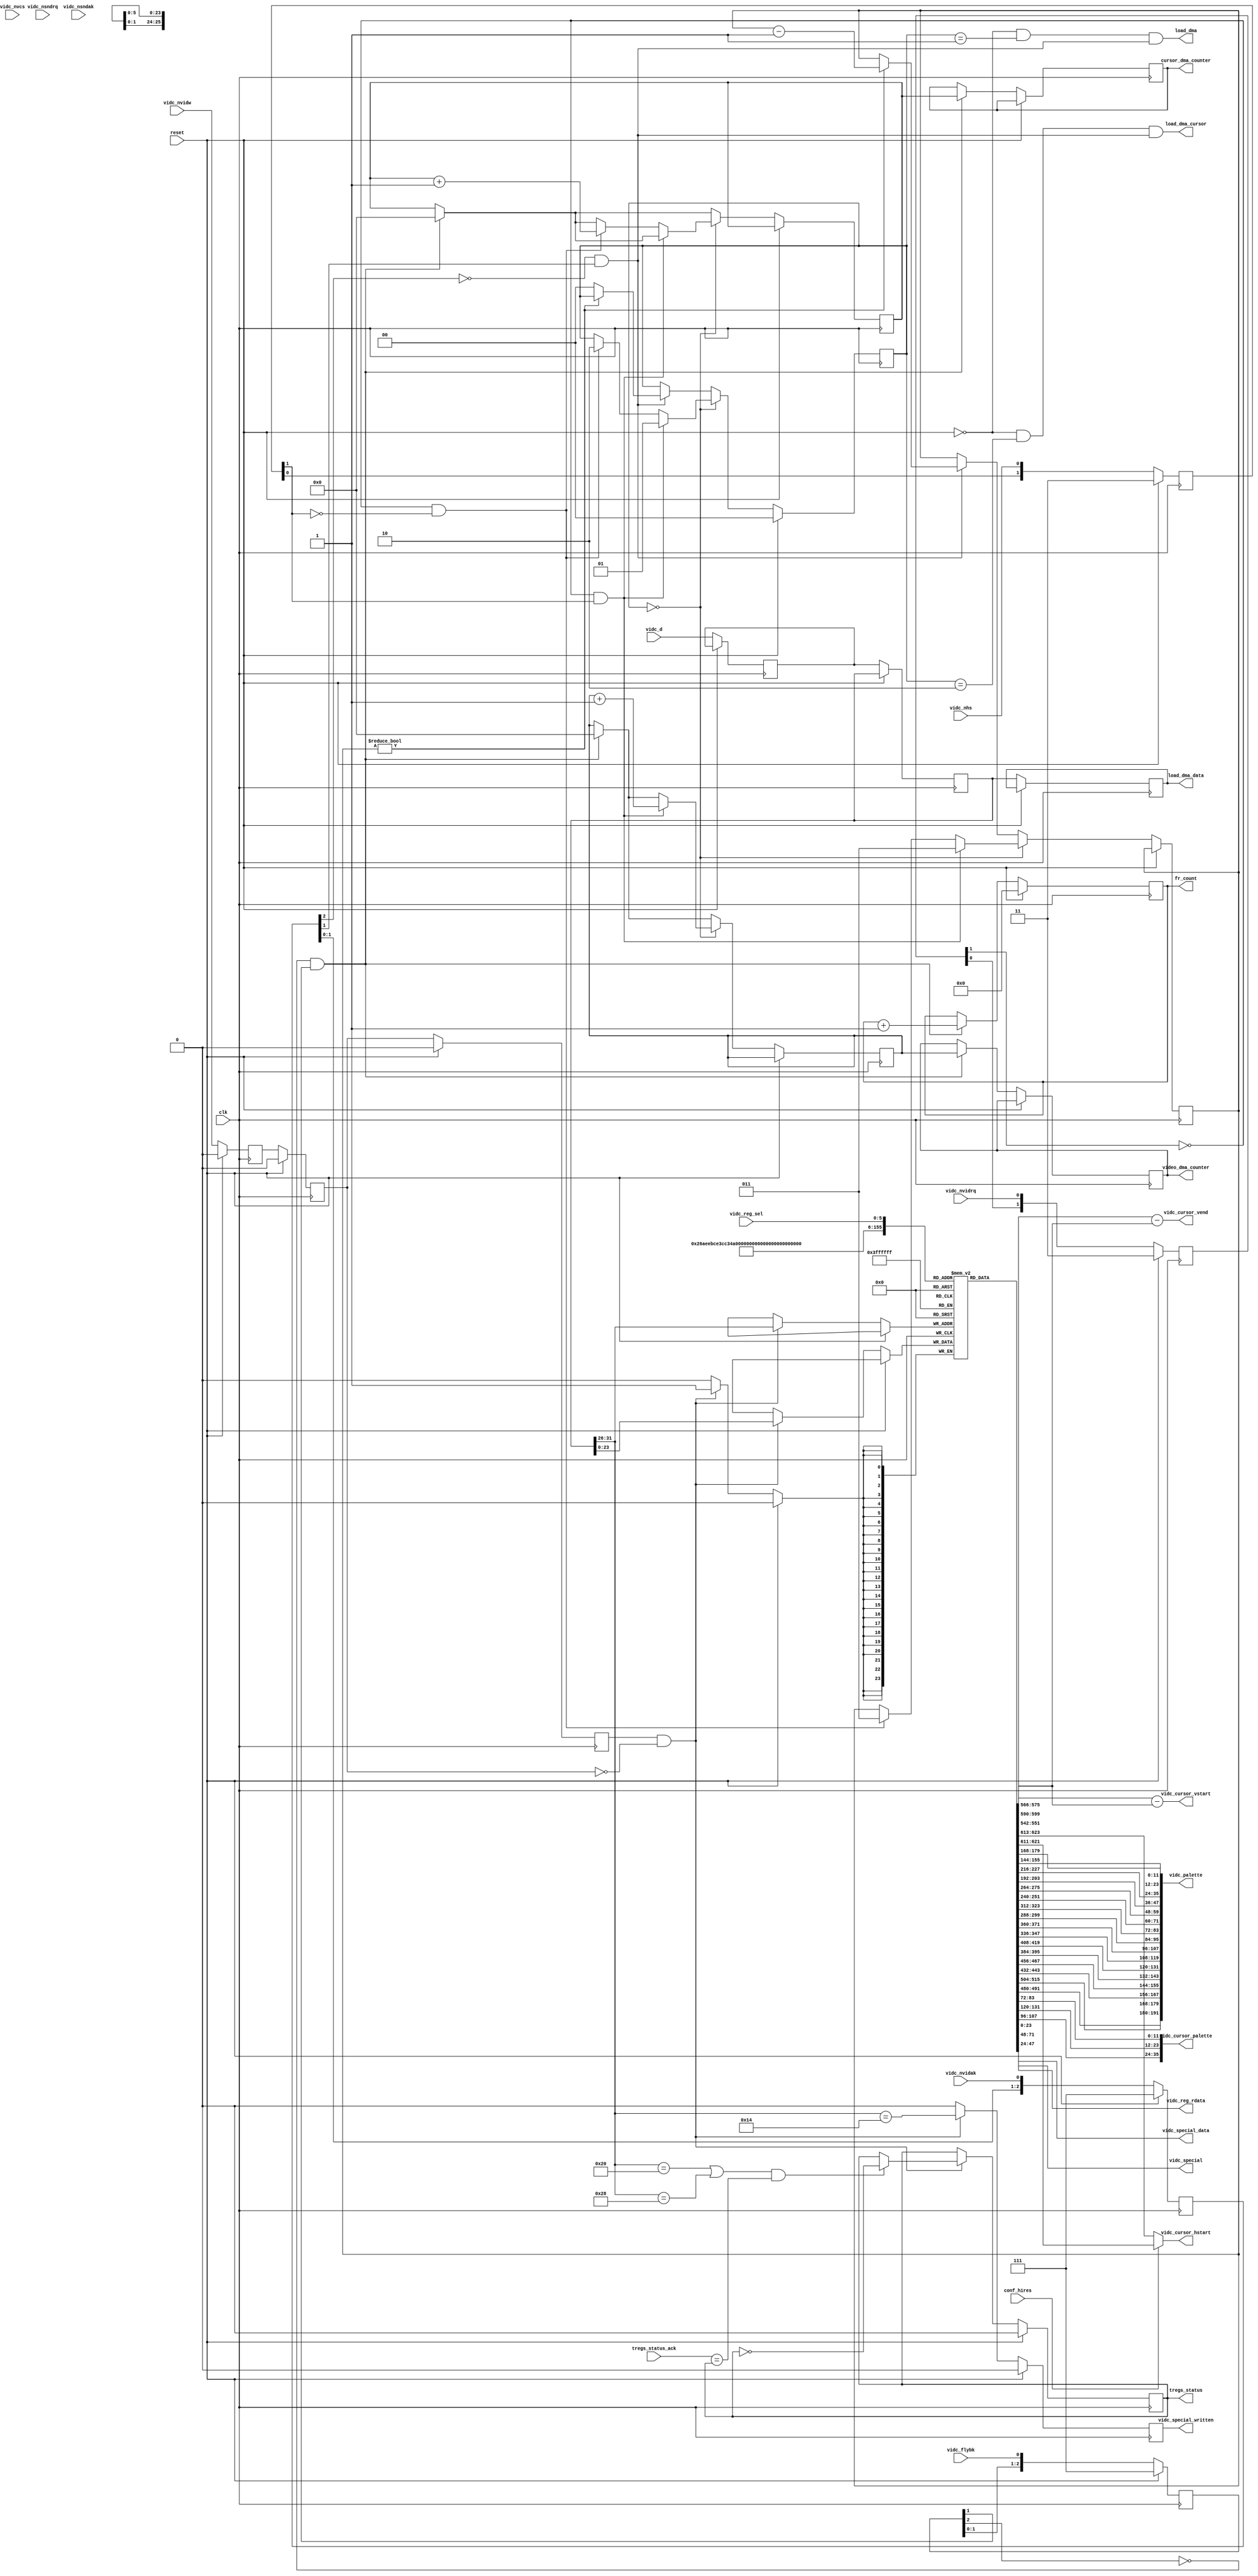
/* Capture VIDC registers, DMA and interesting configuration observations.
 *
 * Copyright 2021 Matt Evans
 *
 * Permission is hereby granted, free of charge, to any person
 * obtaining a copy of this software and associated documentation files
 * (the "Software"), to deal in the Software without restriction,
 * including without limitation the rights to use, copy, modify, merge,
 * publish, distribute, sublicense, and/or sell copies of the Software,
 * and to permit persons to whom the Software is furnished to do so,
 * subject to the following conditions:
 *
 * The above copyright notice and this permission notice shall be
 * included in all copies or substantial portions of the Software.
 *
 * THE SOFTWARE IS PROVIDED "AS IS", WITHOUT WARRANTY OF ANY KIND,
 * EXPRESS OR IMPLIED, INCLUDING BUT NOT LIMITED TO THE WARRANTIES OF
 * MERCHANTABILITY, FITNESS FOR A PARTICULAR PURPOSE AND
 * NONINFRINGEMENT. IN NO EVENT SHALL THE AUTHORS OR COPYRIGHT HOLDERS
 * BE LIABLE FOR ANY CLAIM, DAMAGES OR OTHER LIABILITY, WHETHER IN AN
 * ACTION OF CONTRACT, TORT OR OTHERWISE, ARISING FROM, OUT OF OR IN
 * CONNECTION WITH THE SOFTWARE OR THE USE OR OTHER DEALINGS IN THE
 * SOFTWARE.
 */

module vidc_capture(input wire 	       	      clk,
                    input wire                reset,

                    /* VIDC signals directly from pins: */
                    input wire [31:0]         vidc_d,
                    input wire                vidc_nvidw,
                    input wire                vidc_nvcs,
                    input wire                vidc_nhs,
                    input wire                vidc_nsndrq, // Unused
                    input wire                vidc_nvidrq,
                    input wire                vidc_flybk,
                    input wire                vidc_nsndak, // Unused
                    input wire                vidc_nvidak,

                    /* Input config */
                    input wire                conf_hires,

                    /* Output info: */
                    output wire [(12*16)-1:0] vidc_palette,
                    output wire [(12*3)-1:0]  vidc_cursor_palette,
                    output wire [10:0]        vidc_cursor_hstart,
                    output wire [9:0]         vidc_cursor_vstart,
                    output wire [9:0]         vidc_cursor_vend,

                    input wire [5:0]          vidc_reg_sel,
                    output wire [23:0]        vidc_reg_rdata,

                    output reg                tregs_status,
                    input wire                tregs_status_ack,

                    /* Debug counters: */
                    output reg [3:0]          fr_count,
                    output reg [15:0]         video_dma_counter,
                    output reg [15:0]         cursor_dma_counter,

                    /* Extension register interface: */
                    output reg                vidc_special_written,
                    output wire [23:0]        vidc_special,
                    output wire [23:0]        vidc_special_data,

                    /* DMA interface: */
                    output wire               load_dma,
                    output wire               load_dma_cursor,
                    output wire [31:0]        load_dma_data
                    );


   /* Principle of operation:
    *
    * The VIDC is clocked at 24MHz, but the register writes (strobed by /VIDW)
    * aren't necessarily synchronous to this.  We treat the strobe (and DMA
    * strobes from MEMC) as fully asynchronous, and synchronise them on input.
    *
    * A register write is then detected by the rising edge of /VIDW; the data
    * comes from a pipeline that gives the data sampled when /VIDW was still low.
    *
    * The DMA works the same, though the timing is tighter; the data comes from
    * a 1 stage deeper pipeline, i.e. "further back in time".
    */

   /* These registers mirror the VIDC registers (64 words of).
    *
    * Our special "port" register is at register offset 0x50/51
    * (i.e. reg 0x14/0x15).
    * VIDC decodes this, harmlessly, to the border reg & cursor col1 reg.
    */
   reg [23:0]           vidc_regs[63:0];

   assign vidc_reg_rdata 	= vidc_regs[vidc_reg_sel][23:0];


   ////////////////////////////////////////////////////////////////////////////////
   // Data bus capture, synchronisers and pipeline/history bit:
   reg                  vidc_nvidw_hist[2:0];
   reg [31:0]           vidc_d_hist[2:0];

   wire                 nvidw_edge          = (vidc_nvidw_hist[2] == 1) &&
                        (vidc_nvidw_hist[1] == 0);

   wire	[5:0]		vidc_reg_addr       = vidc_d_hist[1][31:26];

   /* Detect changes to display timing:
    * This isn't foolproof, testing only HCR/VCR, but is enough to detect a
    * standard OS-driven mode change.
    */
   wire                 tregs               = (vidc_reg_addr == 8'h80/4) ||
                        (vidc_reg_addr == 8'ha0/4);

   always @(posedge clk) begin
           if (reset) begin
                   tregs_status       	<= 1'b0;
                   vidc_nvidw_hist[0]   <= 1'b0;
                   vidc_nvidw_hist[1]   <= 1'b0;
                   vidc_nvidw_hist[2]   <= 1'b0;
                   vidc_special_written <= 0;

           end else begin
                   // Watch for nVIDW falling edge:
                   vidc_nvidw_hist[0] <= vidc_nvidw;
                   vidc_nvidw_hist[1] <= vidc_nvidw_hist[0];
                   vidc_nvidw_hist[2] <= vidc_nvidw_hist[1];

                   // Synchroniser/delay on D to align with sampled edge:
                   vidc_d_hist[0] <= vidc_d;
                   vidc_d_hist[1] <= vidc_d_hist[0];
                   vidc_d_hist[2] <= vidc_d_hist[1];

                   if (nvidw_edge) begin
                           /* vidc_d_hist[1] is data sampled at same point as the
                            * strobe which has been detected as being low.
                            */
                           vidc_regs[vidc_reg_addr] <= vidc_d_hist[1][23:0];
                           vidc_special_written     <= (vidc_reg_addr == 6'h14);

                           if (tregs && (tregs_status_ack == tregs_status))
                             tregs_status <= ~tregs_status;
                   end else begin
                           vidc_special_written <= 0;
                   end
           end
   end


   ////////////////////////////////////////////////////////////////////////////////
   // Registers to export directly to display circuitry:

   assign vidc_cursor_hstart         	= conf_hires ? vidc_regs[6'h26][21:11] :
                                          vidc_regs[6'h26][23:13];
   wire [9:0] vidc_vstart    		= vidc_regs[6'h2b][23:14];
   assign vidc_cursor_vstart 		= vidc_regs[6'h2e][23:14] - vidc_vstart;
   assign vidc_cursor_vend 		= vidc_regs[6'h2f][23:14] - vidc_vstart;

   assign vidc_palette  		= { vidc_regs[15][11:0], vidc_regs[14][11:0],
                                            vidc_regs[13][11:0], vidc_regs[12][11:0],
                                            vidc_regs[11][11:0], vidc_regs[10][11:0],
                                            vidc_regs[9][11:0], vidc_regs[8][11:0],
                                            vidc_regs[7][11:0], vidc_regs[6][11:0],
                                            vidc_regs[5][11:0], vidc_regs[4][11:0],
                                            vidc_regs[3][11:0], vidc_regs[2][11:0],
                                            vidc_regs[1][11:0], vidc_regs[0][11:0] };

   assign vidc_cursor_palette 		= { vidc_regs[19][11:0], vidc_regs[18][11:0],
                                            vidc_regs[17][11:0] };

   // When vidc_special is changed, vidc_special_written pulses:
   assign        vidc_special	 	= vidc_regs[6'h14];
   assign        vidc_special_data  	= vidc_regs[6'h15];


   ////////////////////////////////////////////////////////////////////////////////
   // Tracking syncs and DMA requests:

   wire			vs, hs, vs_last, hs_last;
   reg [2:0]            s_vs;
   reg [2:0]            s_hs;
   reg [2:0]            s_flybk;
   assign		vs = s_vs[1];	// Watch out!  Might be composite sync
   assign		hs = s_hs[1];
   assign		vs_last = s_vs[2];
   assign		hs_last = s_hs[2];
   wire                 flybk = s_flybk[1];
   wire                 flybk_last = s_flybk[2];

   wire			vdrq, vdak, vdrq_last, vdak_last;
   reg [2:0]	        s_vdrq;
   reg [2:0]	        s_vdak;
   assign		vdrq             = s_vdrq[1];
   assign		vdrq_last 	 = s_vdrq[2];
   assign		vdak             = s_vdak[1];
   assign		vdak_last 	 = s_vdak[2];
   wire			new_video_dmarq  = (vdrq == 0) && (hs == 1);
   wire			new_cursor_dmarq = (vdrq == 0) && (hs == 0);

   reg [15:0]           int_v_dma_counter;
   reg [15:0]           int_c_dma_counter;
   reg [2:0]            dma_beat_counter;
   reg [1:0]            v_state;

   wire                 flybk_start      = ~flybk_last && flybk;
   wire                 vdak_rising_edge = vdak_last == 0 && vdak == 1;
   wire                 hs_rising_edge   = hs_last == 0 && hs == 1;

   always @(posedge clk) begin
           if (reset) begin
                   v_state  <= 0;
                   s_vs     <= 3'b111;
                   s_hs     <= 3'b111;
                   s_flybk  <= 3'b111;
                   s_vdrq   <= 3'b111;
                   s_vdak   <= 3'b111;
                   fr_count <= 0;
           end else begin

                   // Synchronisers & history/edge-detect:
                   s_vs[2:0]    <= {s_vs[1:0], vidc_nvcs};
                   s_hs[2:0]    <= {s_hs[1:0], vidc_nhs};
                   s_flybk[2:0] <= {s_flybk[1:0], vidc_flybk};

                   s_vdrq[2:0]  <= {s_vdrq[1:0], vidc_nvidrq};
                   s_vdak[2:0]  <= {s_vdak[1:0], vidc_nvidak};

                   if (flybk_start) begin
                           // reset counters at start of flyback
                           video_dma_counter  <= int_v_dma_counter;
                           int_v_dma_counter  <= 0;
                           cursor_dma_counter <= int_c_dma_counter;
                           int_c_dma_counter  <= 0;

                           // Useful for LED blinky, and wait-for-next-frame:
                           fr_count           <= fr_count + 1;
                   end

                   /* Note, it can happen that a DMA ack occurs coincident with
                    * the start of flyback... so a counter could be incremented
                    * after all.
                    *
                    * This FSM relies on MEMC always returning four beats (as
                    * it should).
                    */
                   if (v_state == 0) begin // Idle
                           if (new_video_dmarq) begin
                                   v_state           <= 1;
                                   int_v_dma_counter <= int_v_dma_counter + 1;
                                   dma_beat_counter  <= 3;
                           end else if (new_cursor_dmarq) begin
                                   v_state           <= 2;
                                   int_c_dma_counter <= int_c_dma_counter + 1;
                                   dma_beat_counter  <= 3;
                           end
                   end else begin // Some kind of DMA ongoing
                           // Look for a rising edge on vidak:
                           if (vdak_rising_edge) begin
                                   // FIXME, poke vidc_d_hist[1] into FIFO
                                   if (dma_beat_counter != 0) begin
                                           dma_beat_counter <= dma_beat_counter - 1;
                                   end else begin
                                           // Seen 'em all.
                                           v_state <= 0;
                                   end
                           end
                   end
           end
   end // always @ (posedge clk)

   // Now we know when DMA is being transferred, and have the data:
   assign load_dma              = !reset && (v_state == 1) && vdak_rising_edge;
   assign load_dma_cursor       = !reset && (v_state == 2) && vdak_rising_edge;
   assign load_dma_data 	= vidc_d_hist[2];

endmodule // vidc_capture